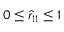
0 \le \hat { r } _ { 1 1 } \le 1